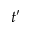
t ^ { \prime }